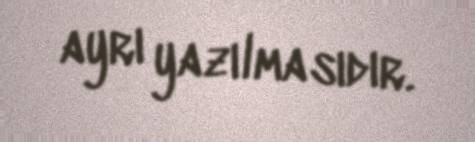
ayrı yazılmasıdır.